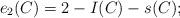
LaTeX: \begin{align*} e_2(C)=2-I(C)-s(C);\end{align*}